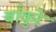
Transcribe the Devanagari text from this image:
बाँकुरे